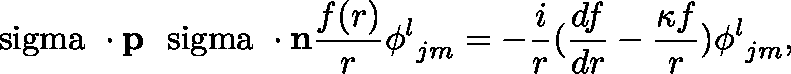
{ { \mathrm { \boldmath ~ \ s i g m a ~ } } \cdot { \bf p } } { { \mathrm { \boldmath ~ \ s i g m a ~ } } \cdot { \bf n } } { \frac { f ( r ) } { r } } { \phi ^ { l } } _ { j m } = - { \frac { i } { r } } ( { \frac { d f } { d r } } - { \frac { \kappa f } { r } } ) { \phi ^ { l } } _ { j m } ,